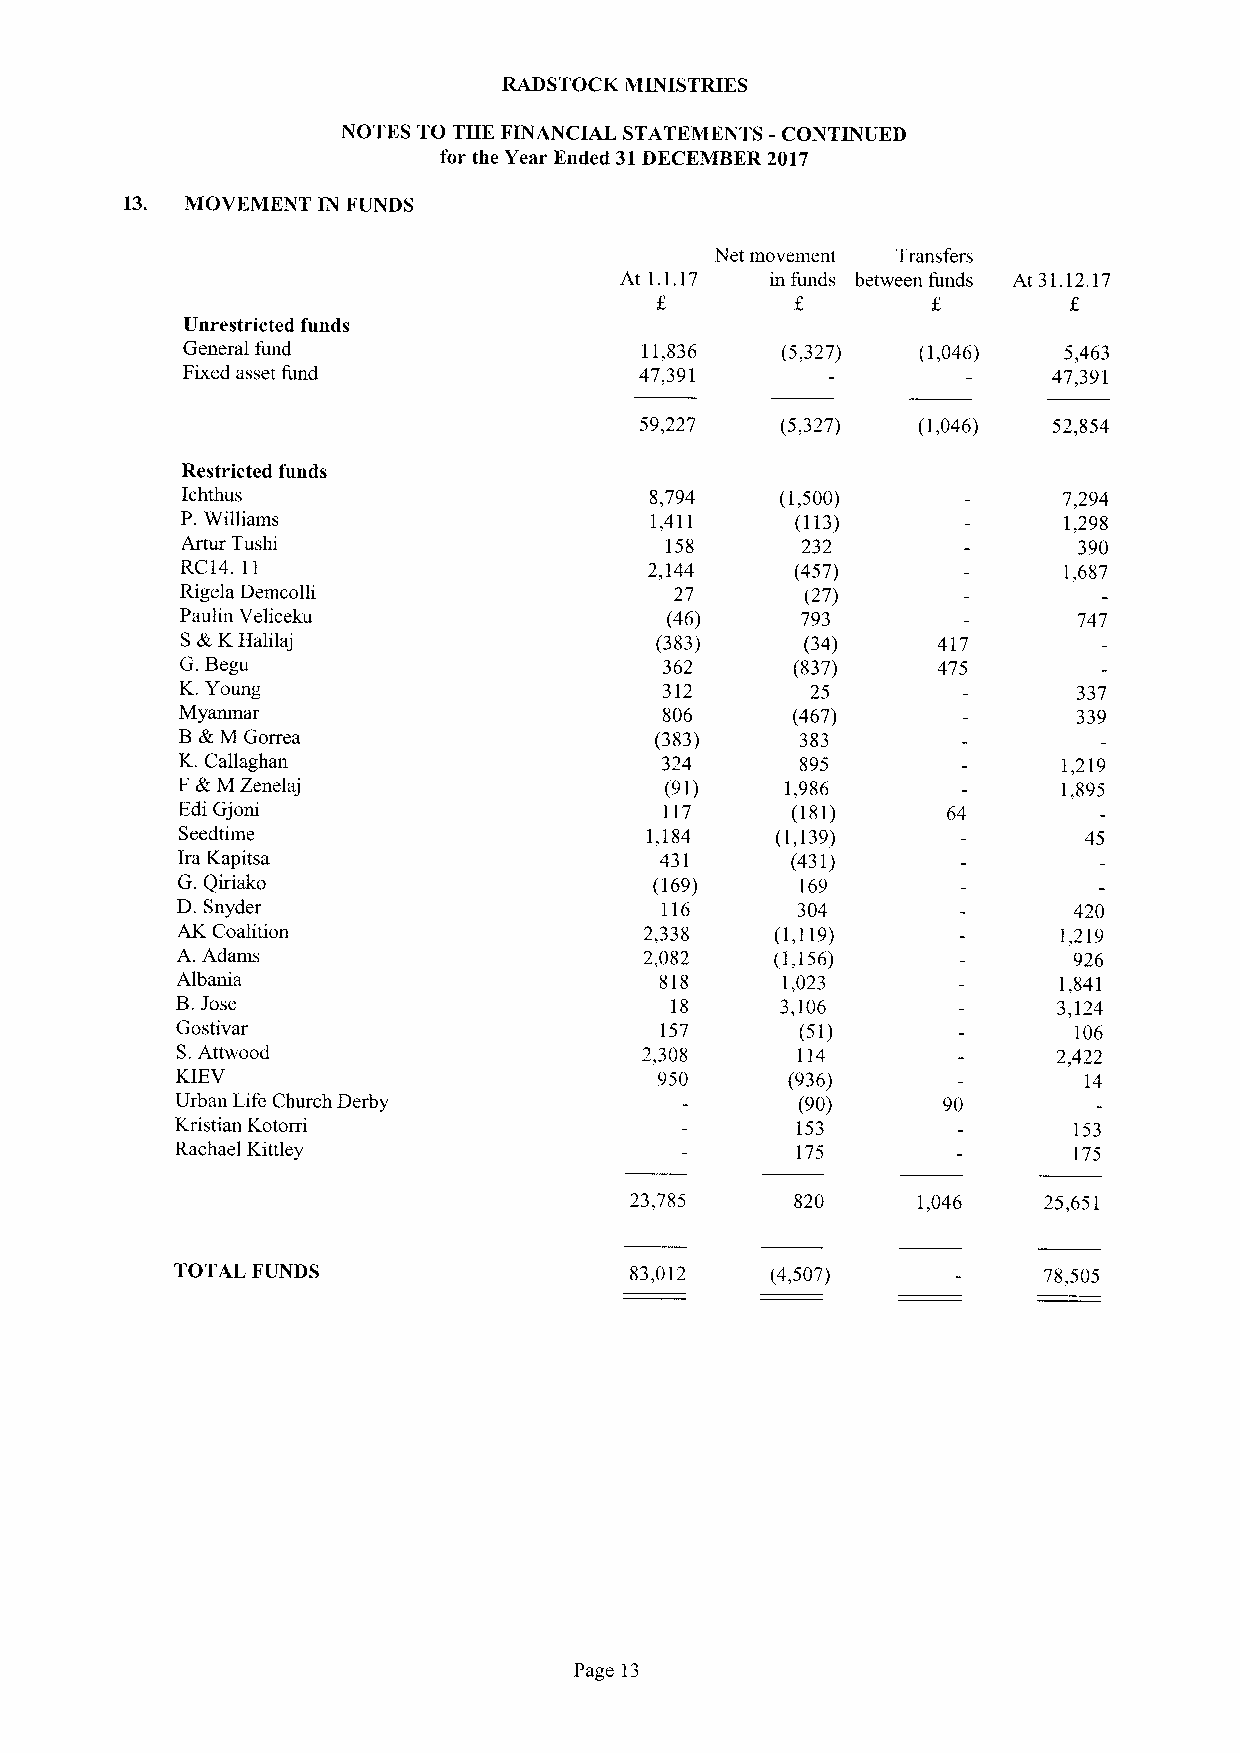
RADSTOCK MINISTRIES
 NOTES TO THE FINANCIAL STATEMENTS -CONTINUED
 for the Year Ended 31DECEMBER 2017
 13. MOVEMENT IN FUNDS
 Net movement Transfers
 At 1.1.17 in funds between funds At 31.12.17
 Unrestricted funds
 General fund                   11,836   (5,327)  (1,046)  5,463
 Fixed asset fund              47,391                      47,391
 59,227    (5,327)  (1,046)  52,854
 Restricted funds
 Ichthus                        8,794    (1,500)           7,294
 P.Williams                     1,411     (113)            1,298
 Artur Tushi                     158      232               390
 RC14. 11                       2,144     (457)            1,687
 Rigela Demcolli                  27      (27)
 Paulin Veliceku                 (46)     793               747
 SA KHalilaj                    (383)     (34)     417
 G.Begu                          362      (837)    475
 K.Young                         312       25               337
 Myanmar                         806      (467)             339
 BXM Gorrea                     (383)     383
 K.Callaghan                     324      895              1,219
 F&M Zenelaj                     (91)    1,986             1„895
 Edi Gjoni                       117     (181)      64
 Seedtime                       1,184   (1,139)              45
 Ira Kapitsa                     431     (431)
 G. Qiriako                     (169)     169
 D. Snyder                       116      304               420
 AK Coalition                   2,338   (1,119)            1,219
 A. Adams                       2,082   (1,156)             926
 Albania                         818     1,023             1,841
 B.Jose
 18      3,106             3,124
 Gostivar                        157      (51)              106
 S.Attwood                      2,308     114              2,422
 KIEV                            950     (936)               14
 Urban Life Church Derby                  (90)     90
 Kristian Kotorri                         153               153
 Rachael Kittley                          175               175
 23,785     820     1,046   25,651
 TOTAL FUNDS                   83,012   (4,507)           78,505
 Page 13